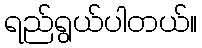
ရည်ရွယ်ပါတယ်။